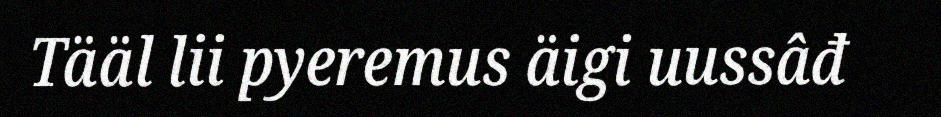
Tääl lii pyeremus äigi uussâđ